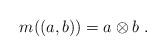
LaTeX: \begin{align*}m((a,b))=a\otimes b\;.\end{align*}